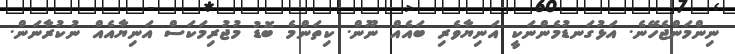
ނިންމަންޖެހޭނެ. އަޅުގަނޑުމެންނަކީ އަނިޔާވެރި ބައެއް ނޫން. ކިތަންމެ ބޮޑު މުުޖުރިމަކަސް އަނިޔާއެއް ނުކުރާނަން.